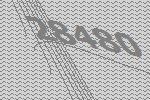
28480